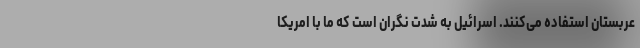
عربستان استفاده می‌کنند. اسرائیل به شدت نگران است که ما با امریکا